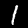
Digit: 1